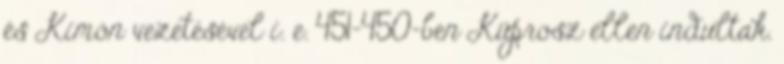
és Kimón vezetésével i. e. 451–450-ben Küprosz ellen indultak.